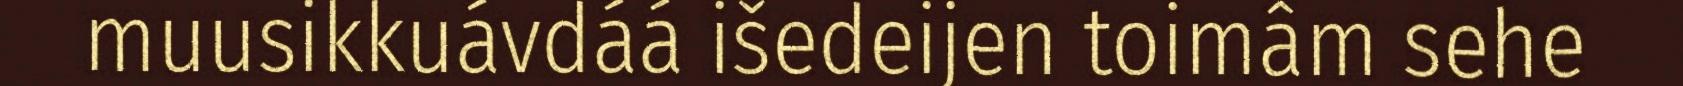
muusikkuávdáá išedeijen toimâm sehe